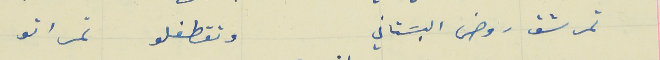
تمرشق روض البسَتاني                                     وتقطفلو تمر اتو